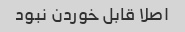
اصلا قابل خوردن نبود